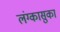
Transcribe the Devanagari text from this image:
लंग्कासुका